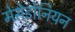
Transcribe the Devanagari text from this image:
मेसेडोनियन